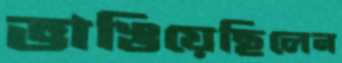
ভাঙিয়েছিলেন